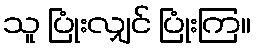
သူ ပြုံးလျှင် ပြုံးကြ။